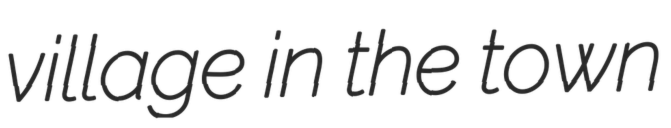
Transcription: village in the town